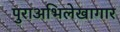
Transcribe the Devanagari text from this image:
पुराअभिलेखागार